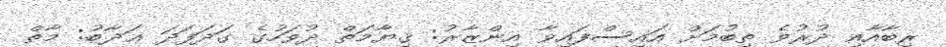
ރިބާއާއި ދުރުވެ ތިބުމަށް އައިސްފައިވާ އިންޒާރު: ޤިޔާމަތް ދުވަހުގެ ގަދަފަދަ ޢަޛާބު: މާތް